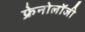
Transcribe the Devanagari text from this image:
फ्रेनोलॉजी